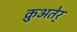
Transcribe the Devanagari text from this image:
क़ुअतेर्